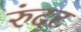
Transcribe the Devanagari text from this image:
रुंदट